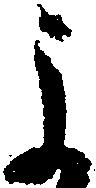
よ